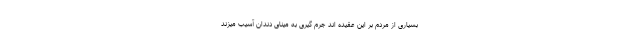
بسیاری از مردم بر این عقیده اند جرم گیری به مینای دندان آسیب میزند